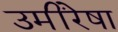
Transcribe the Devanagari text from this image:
उमींरेषा